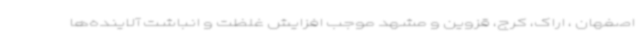
اصفهان ، اراک، کرج، قزوین و مشهد موجب افزایش غلظت و انباشت آلاینده‌ها